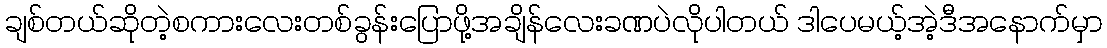
ချစ်တယ်ဆိုတဲ့စကားလေးတစ်ခွန်းပြောဖို့အချိန်လေးခဏပဲလိုပါတယ် ဒါပေမယ့်အဲ့ဒီအနောက်မှာ